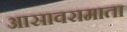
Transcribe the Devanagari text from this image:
आसावरामाता